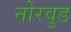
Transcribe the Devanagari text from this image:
नोरवुड